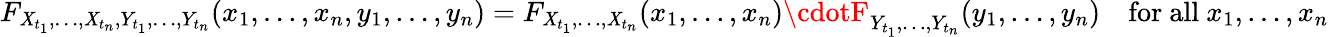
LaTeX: F_{\mathit{X}_{t_{1}},\ldots,\mathit{X}_{t_{n}},Y_{t_{1}},\ldots,Y_{t_{n}}}(x_{1},\ldots,x_{n},y_{1},\ldots,y_{n})=F_{\mathit{X}_{t_{1}},\ldots,\mathit{X}_{t_{n}}}(x_{1},\ldots,x_{n})\cdotF_{Y_{t_{1}},\ldots,Y_{t_{n}}}(y_{1},\ldots,y_{n})\quad{\mathrm{{for~all~}}}x_{1},\ldots,x_{n}